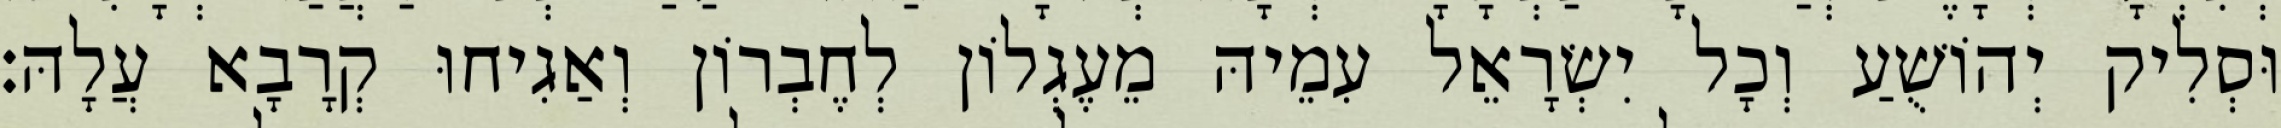
וּסְלִיק יְהוֹשֻׁעַ וְכָל יִשְׂרָאֵל עִמֵיהּ מֵעֶגְלוֹן לְחֶבְרוֹן וְאַגִיחוּ קְרָבָא עֲלָהּ׃